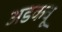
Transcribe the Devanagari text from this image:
अडकवू